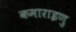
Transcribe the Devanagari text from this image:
कमाराइणु